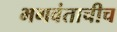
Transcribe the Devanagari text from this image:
भगवंताचीच